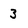
Character: 3